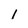
Character: 1